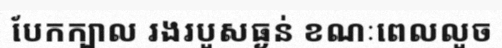
បែកក្បាល រងរបួសធ្ងន់ ខណៈពេលលួច